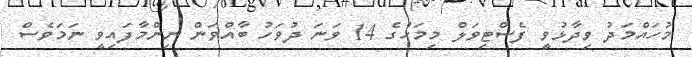
މުހައްމަދު ވިދާޅުވީ ފެސްޓިވަލް މިމަހުގެ 14 ވަނަ ދުވަހު ބާއްވަން ނިންމާފައިވީ ނަަމަވެސް